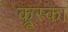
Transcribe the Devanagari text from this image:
क्रूस्का